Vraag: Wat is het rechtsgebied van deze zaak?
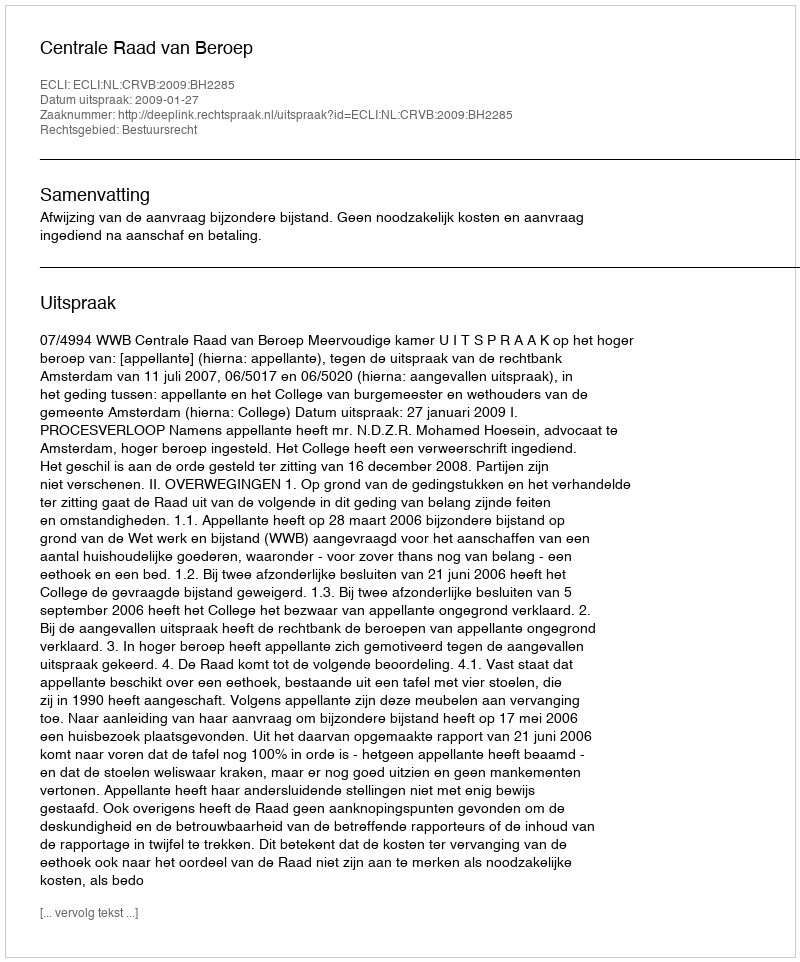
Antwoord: Bestuursrecht